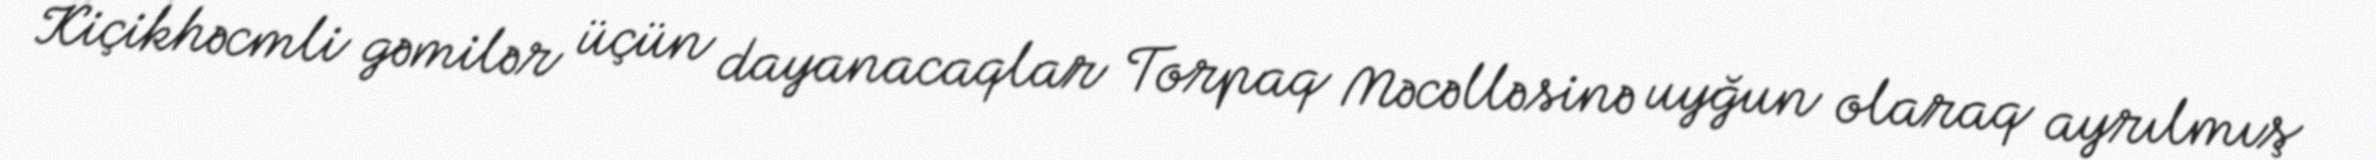
Kiçikhəcmli gəmilər üçün dayanacaqlar Torpaq Məcəlləsinə uyğun olaraq ayrılmış